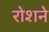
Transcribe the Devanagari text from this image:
रोशने